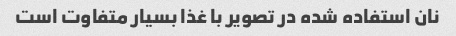
نان استفاده شده در تصویر با غذا بسیار متفاوت است